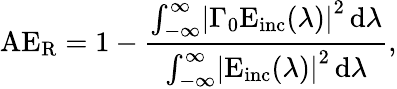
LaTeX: \mathrm{AE}_{\mathrm{R}}=1-\frac{\int_{-\infty}^{\infty}\! \left|\Gamma_{0}\mathrm{E}_{\mathrm{inc}}(\lambda)\right|^{2}\, \mathrm{d}\lambda}{\int_{-\infty}^{\infty}\! \left|\mathrm{E}_{\mathrm{inc}}(\lambda)\right|^{2}\, \mathrm{d}\lambda},